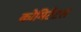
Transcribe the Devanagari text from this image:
कोमिटेटस